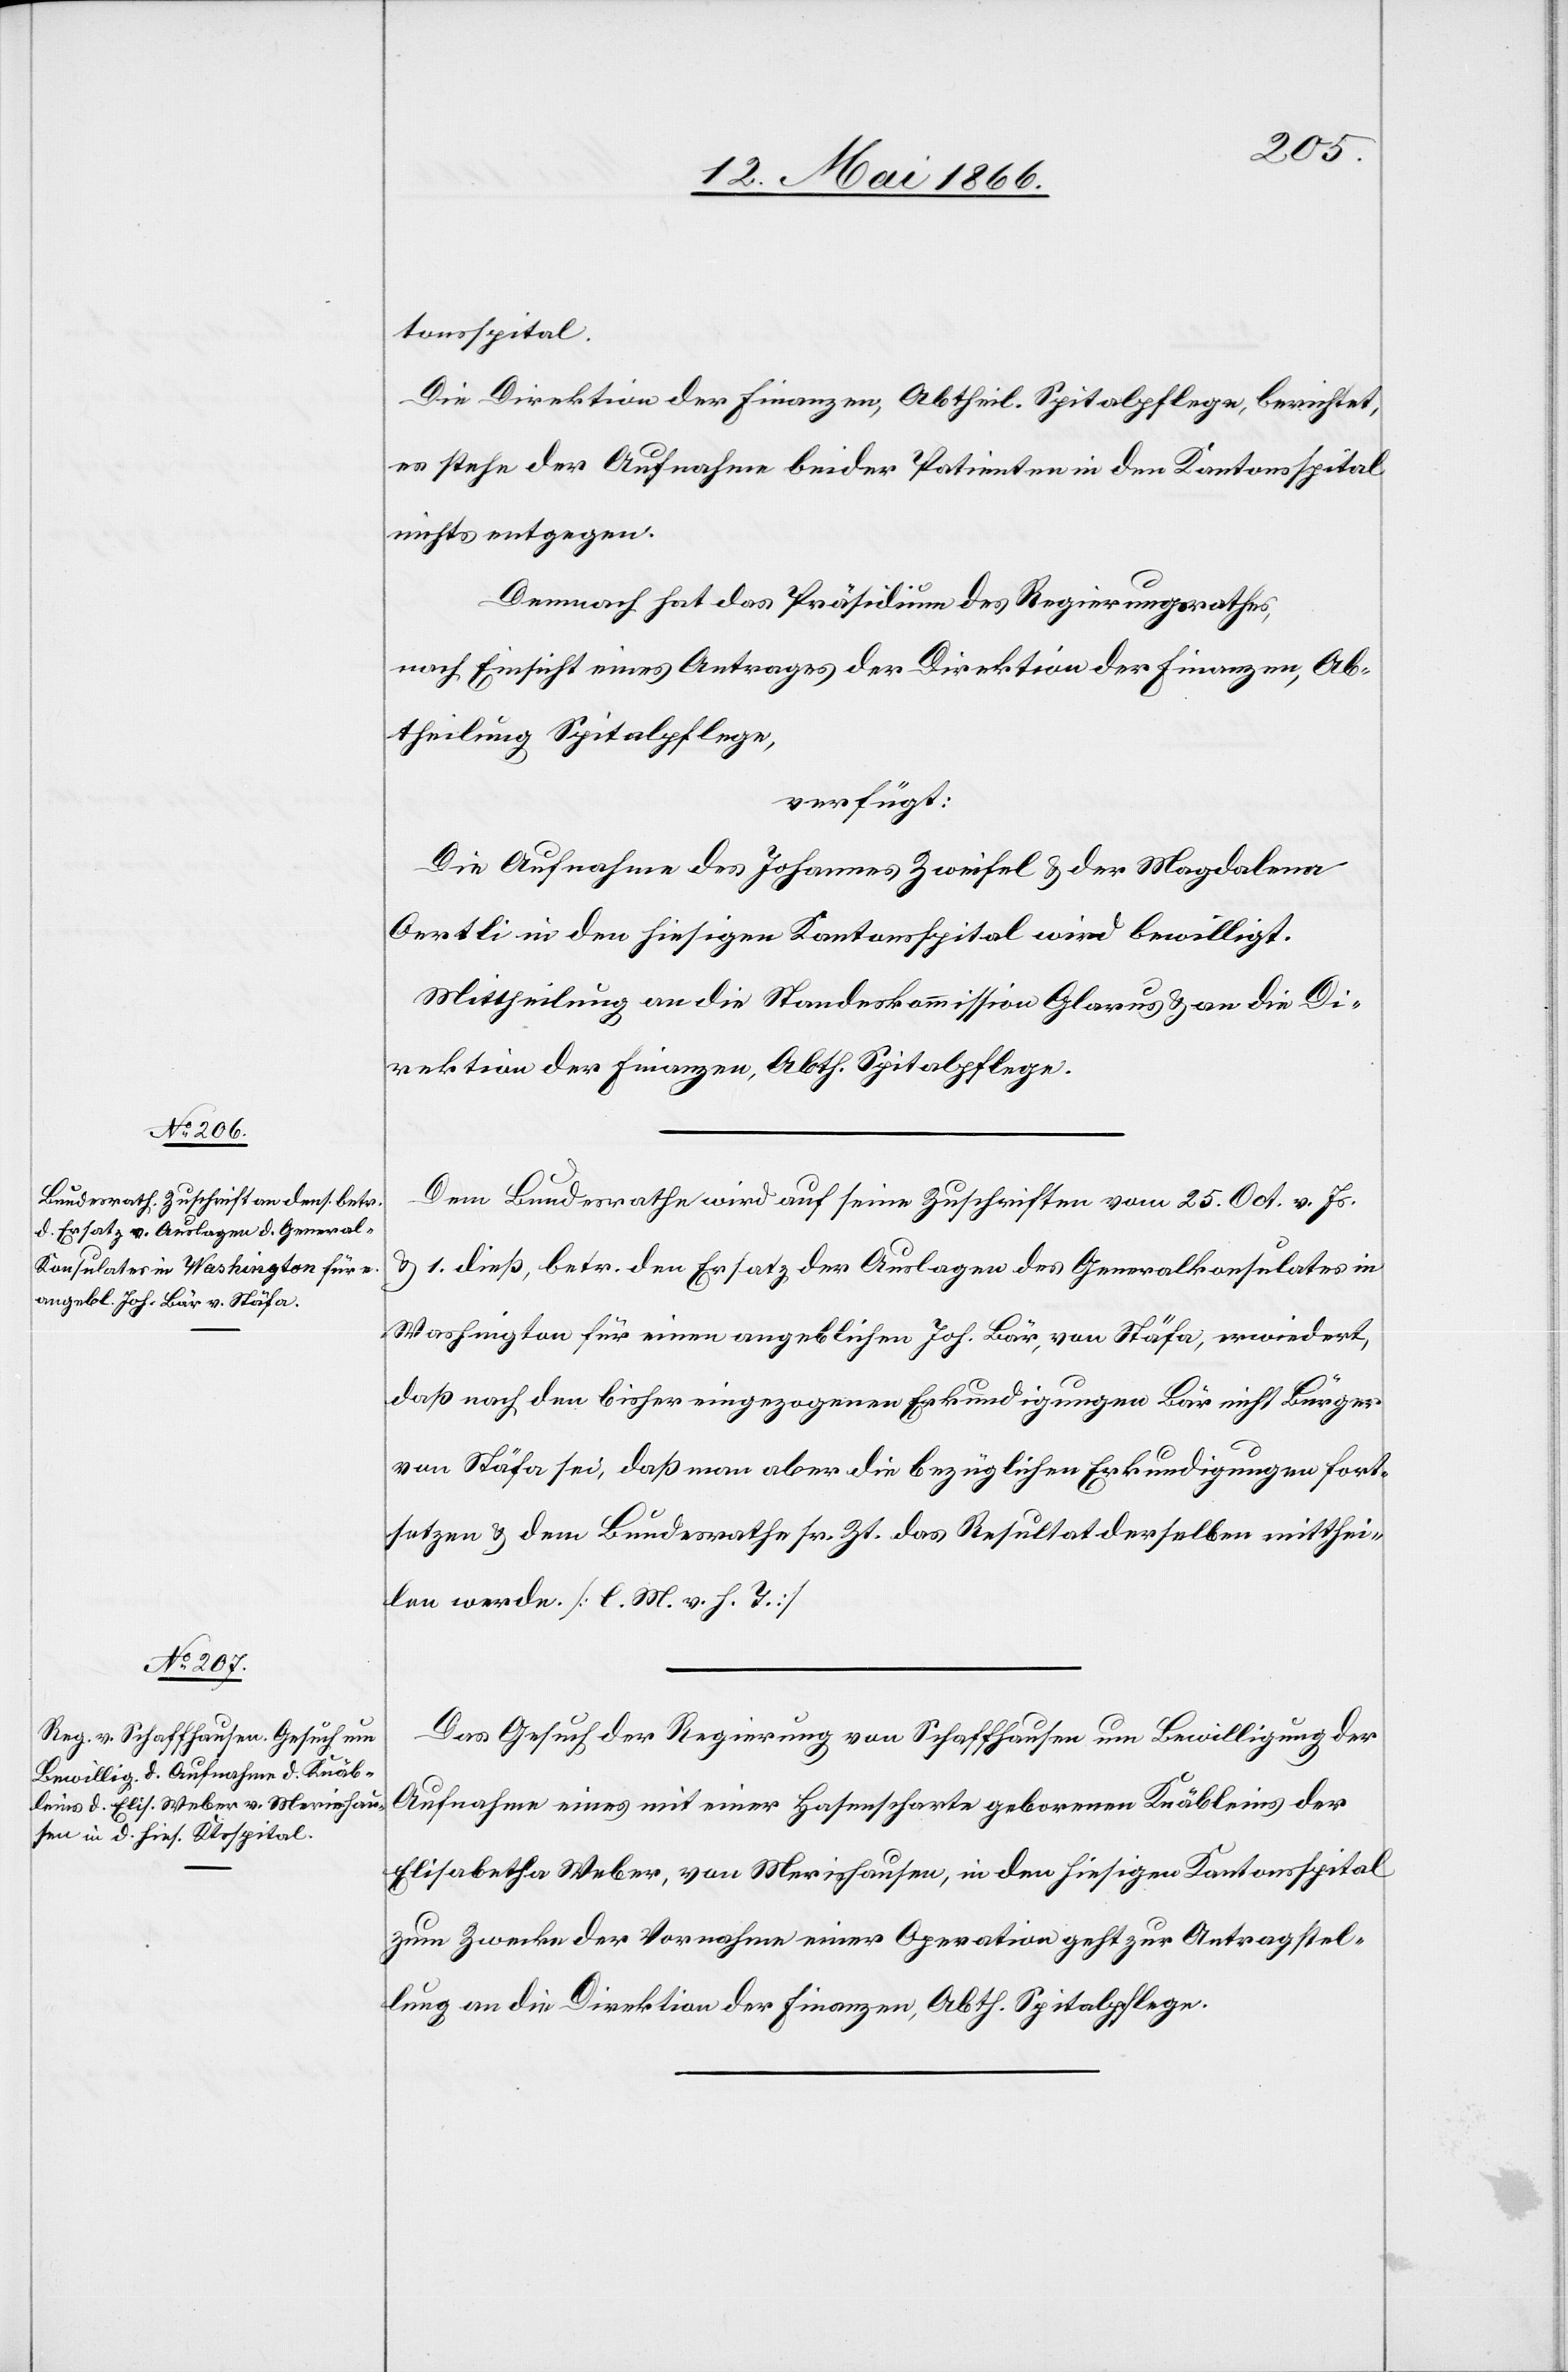
12. Mai 1866.]
tonsspital.
Die Direktion der Finanzen, Abtheil. Spitalpflege, berichtet,
es stehe der Aufnahme beider Patienten in den Kantonsspital
nichts entgegen.
Demnach hat das Präsidium des Regierungsrathes,
nach Einsicht eines Antrages der Direktion der Finanzen, Ab¬
theilung Spitalpflege,
verfügt:
Die Aufnahme des Johannes Zweifel u. der Magdalena
Oertli in den hiesigen Kantonsspital wird bewilligt.
Mittheilung an die Standeskommission Glarus u. an die Di¬
rektion der Finanzen, Abth. Spitalpflege.
Dem Bundesrathe wird auf seine Zuschriften vom 25. Oct. v. Js.
u. 1. dieß, betr. den Ersatz der Auslagen des Generalkonsulates in
Washington für einen angeblichen Joh. Bär, von Stäfa, erwiedert,
daß nach den bisher eingezogenen Erkundigungen Bär nicht Bürger
von Stäfa sei, daß man aber die bezüglichen Erkundigungen fort¬
setzen u. dem Bundesrath sr. Zt. das Resultat derselben mitthei¬
len werde. [l. M. v. h. T.]
Das Gesuch der Regierung von Schaffhausen um Bewilligung der
Aufnahme eines mit einer Hasenscharte geborenen Knäbleins der
Elisabetha Weber, von Merishausen, in den hiesigen Kantonsspital
zum Zwecke der Vornahme einer Operation geht zur Antragstel¬
lung an die Direktion der Finanzen, Abth. Spitalpflege.